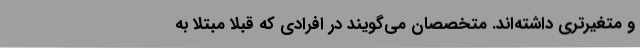
و متغیرتری داشته‌اند. متخصصان می‌گویند در افرادی که قبلا مبتلا به